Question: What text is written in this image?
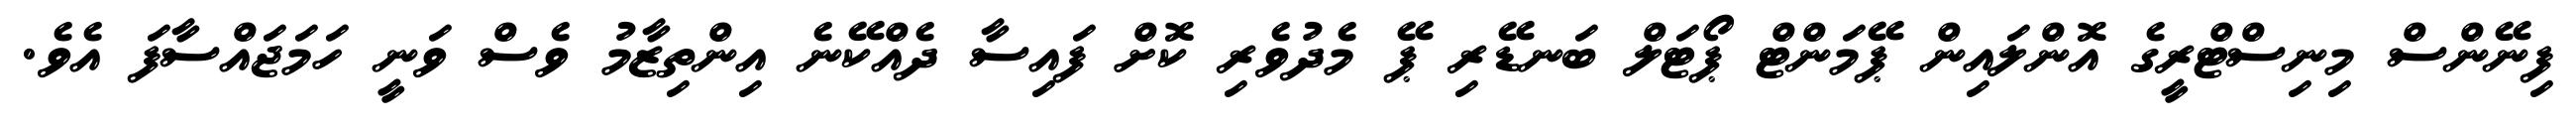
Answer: ފިނޭންސް މިނިސްޓްރީގެ އޮންލައިން ޕޭމަންޓް ޕޯޓަލް ބަނޑޭރި ޕޭ މެދުވެރި ކޮށް ފައިސާ ދެއްކޭނެ އިންތިޒާމު ވެސް ވަނީ ހަމަޖައްސާފަ އެވެ.